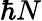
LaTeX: \hbar N